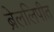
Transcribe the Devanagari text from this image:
ब्रेललिपीत